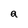
Character: a